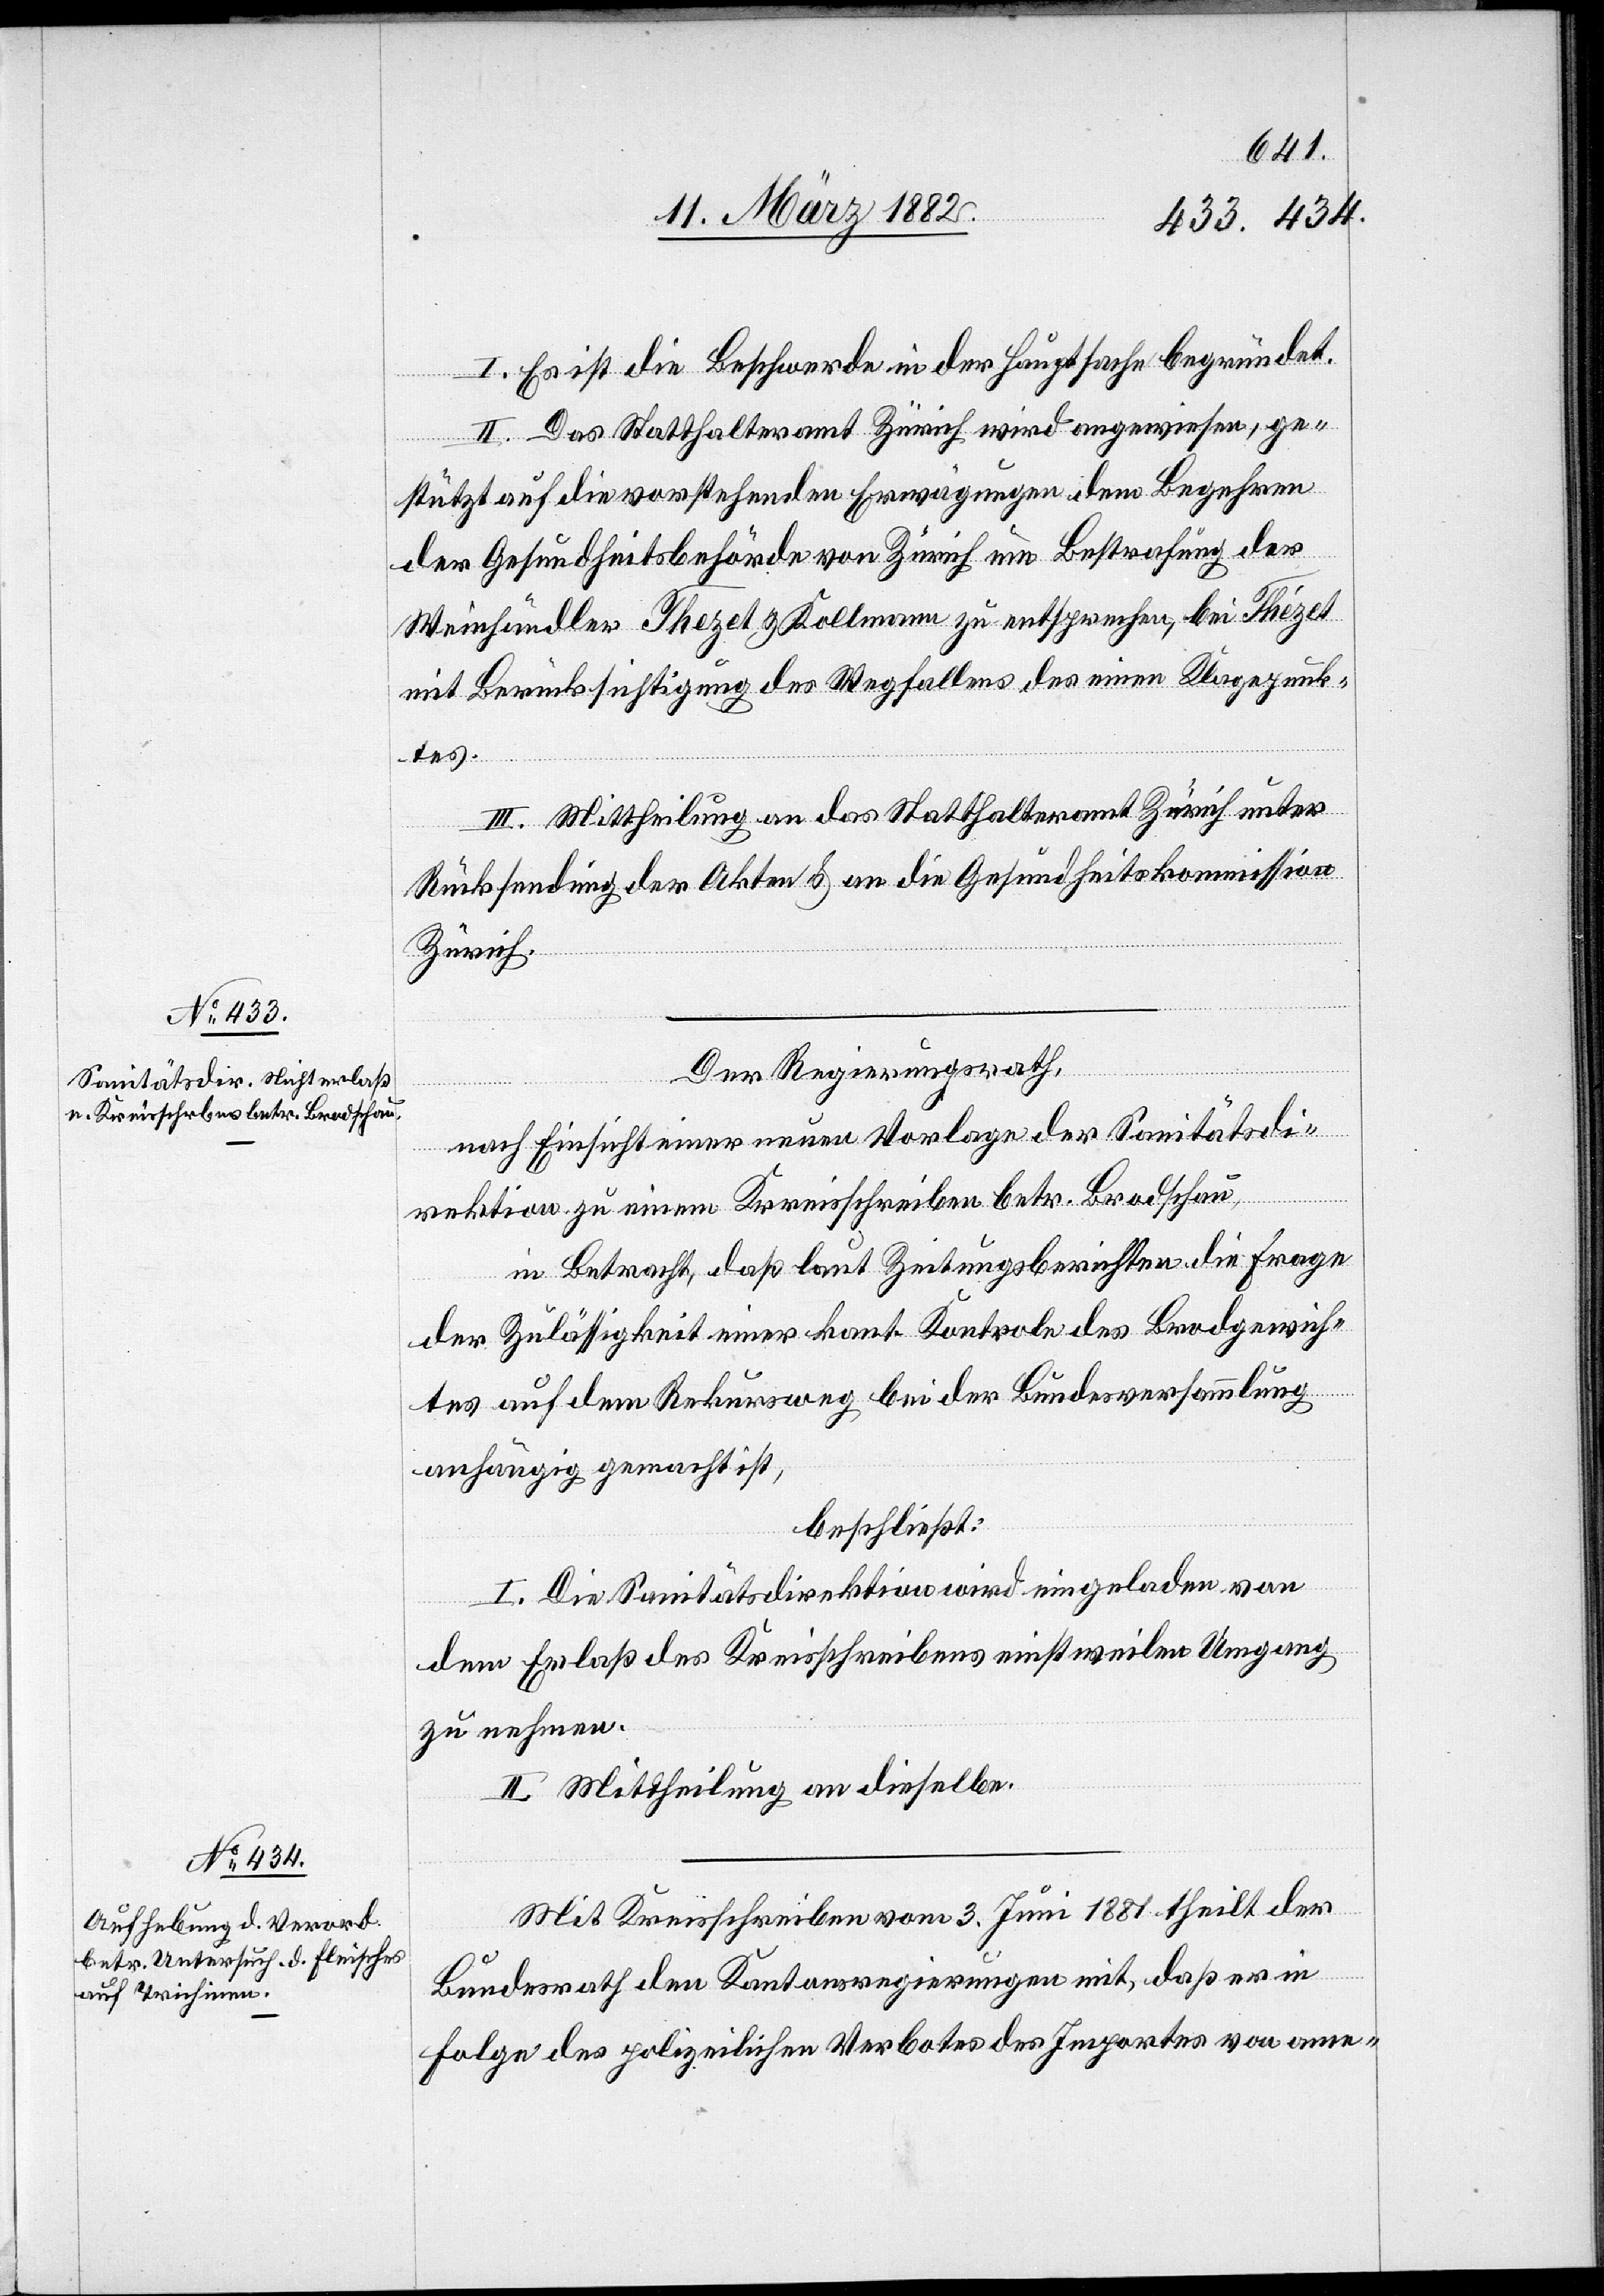
I. Es ist die Beschwerde in der Hauptsache begründet.
II. Das Statthalteramt Zürich wird angewiesen, ge¬
stützt auf die vorstehenden Erwägungen dem Begehren
der Gesundheitsbehörde von Zürich um Bestrafung der
Weinhändler Thézet & Kollmann zu entsprechen, bei Thézet
mit Berücksichtigung des Wegfalles des einen Klagepunk¬
tes.
III. Mittheilung an das Statthalteramt Zürich unter
Rücksendung der Akten & an die Gesundheitskommission
Zürich.
Der Regierungsrath,
nach Einsicht einer neuen Vorlage der Sanitätsdi¬
rektion zu einem Kreisschreiben betr. Brodschau,
in Betracht, daß laut Zeitungsberichten die Frage
der Zulässigkeit einer kant. Kontrole des Brodgewich¬
tes auf dem Rekursweg bei der Bundesversammlung
anhängig gemacht ist,
beschließt:
I. Die Sanitätsdirektion wird eingeladen von
dem Erlaß des Kreisschreibens einstweilen Umgang
zu nehmen.
II. Mittheilung an dieselben.
Mit Kreisschreiben vom 3. Juni 1881 theilt der
Bundesrath den Kantonsregierungen mit, daß er in
Folge des polizeilichen Verbotes des Importes von ame-